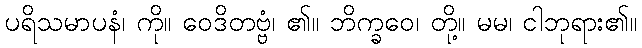
ပရိသမာပနံ၊ ကို။ ဝေဒိတဗ္ဗံ၊ ၏။ ဘိက္ခဝေ၊ တို့။ မမ၊ ငါဘုရား၏။